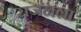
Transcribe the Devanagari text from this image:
राजनला